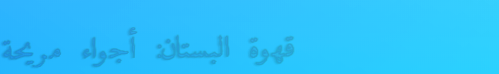
قهوة البستان: أجواء مريحة